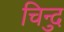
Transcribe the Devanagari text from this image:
चिन्दु